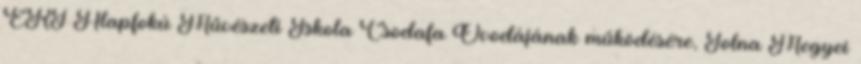
ÉRT Alapfokú Művészeti Iskola Csodafa Óvodájának működésére, Tolna Megyei